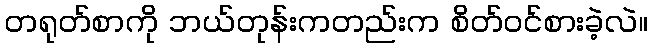
တရုတ်စာကို ဘယ်တုန်းကတည်းက စိတ်ဝင်စားခဲ့လဲ။